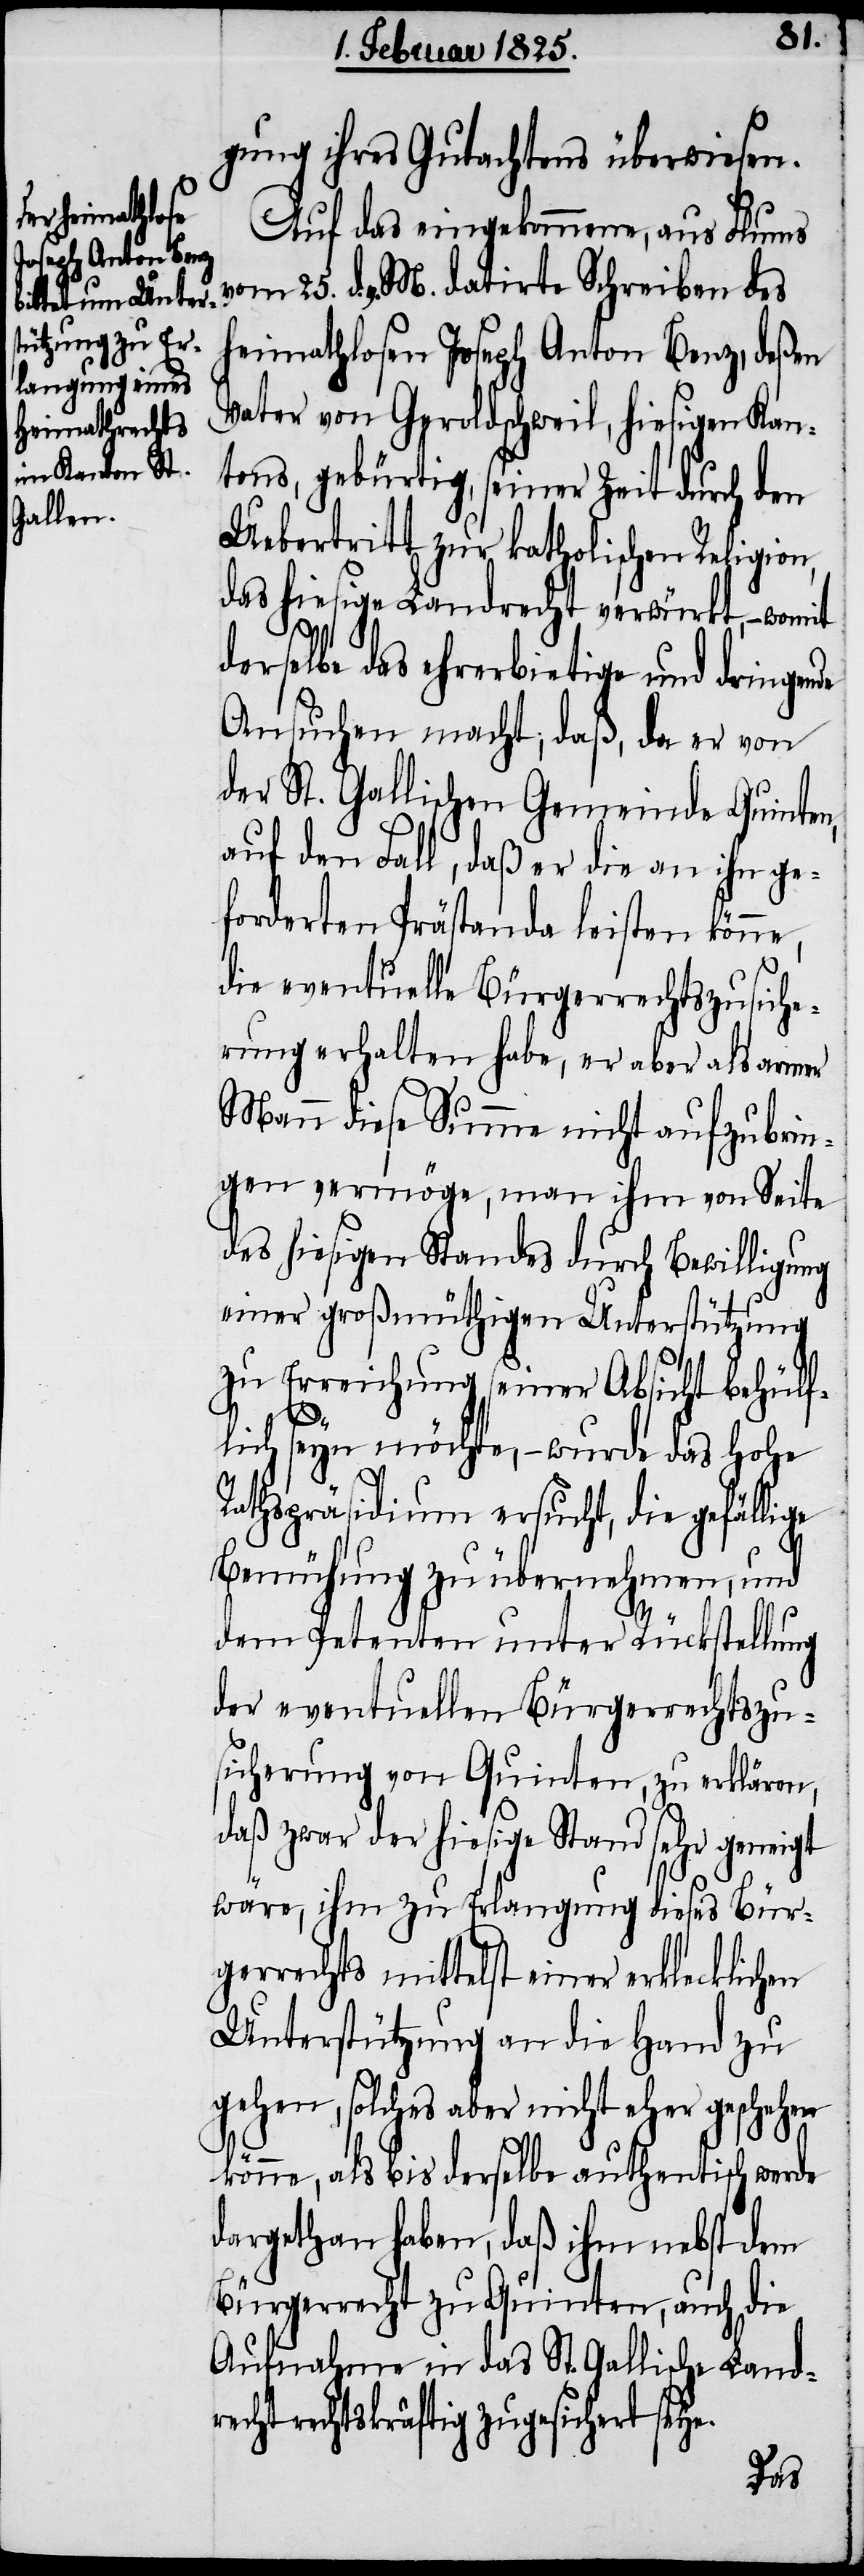
gung ihres Gutachtens überwiesen.
Auf das eingekommene, aus Flums
vom 25. d. v. M. datirte Schreiben des
heimathlosen Joseph Anton Benz, deßen
Vater von Geroldschweil, hiesigen Kan¬
tons, gebürtig, seiner Zeit durch den
Uebertritt zur katholischen Religion,
das hiesige Landrecht verwürkt, −
derselbe das ehrerbietige und dringende
Ansuchen macht, daß, da er von
der St. Gallischen Gemeinde Quinten,
auf den Fall, daß er die an ihn ge¬
forderten Prästanda leisten könne,
die eventuelle Bürgerrechtszusiche¬
rung erhalten habe, er aber als armer
Mann diese Summe nicht aufzubrin¬
gen vermöge, man ihm von Seite
des hiesigen Standes durch Bewilligung
einer großmüthigen Unterstützung
zu Erreichung seiner Absicht behülf¬
lich seyn möchte, − wurde das hohe
Rathspräsidium ersucht, die gefällige
Bemühung zu übernehmen, und
dem Petenten unter Rückstellung
der eventuellen Bürgerrechtszu¬
sicherung von Quinten, zu erklären,
daß zwar der hiesige Stand sehr geneigt
wäre, ihm zu Erlangung dieses Bür¬
gerrechts mittelst einer erklecklichen
Unterstützung an die Hand zu
gehen, solches aber nicht eher geschehen
könne, als bis derselbe authentisch werde
dargethan haben, daß ihm nebst dem
Bürgerrecht zu Quinten, auch die
Aufnahme in das St. Gallische Land¬
recht rechtskräftig zugesichert seye.